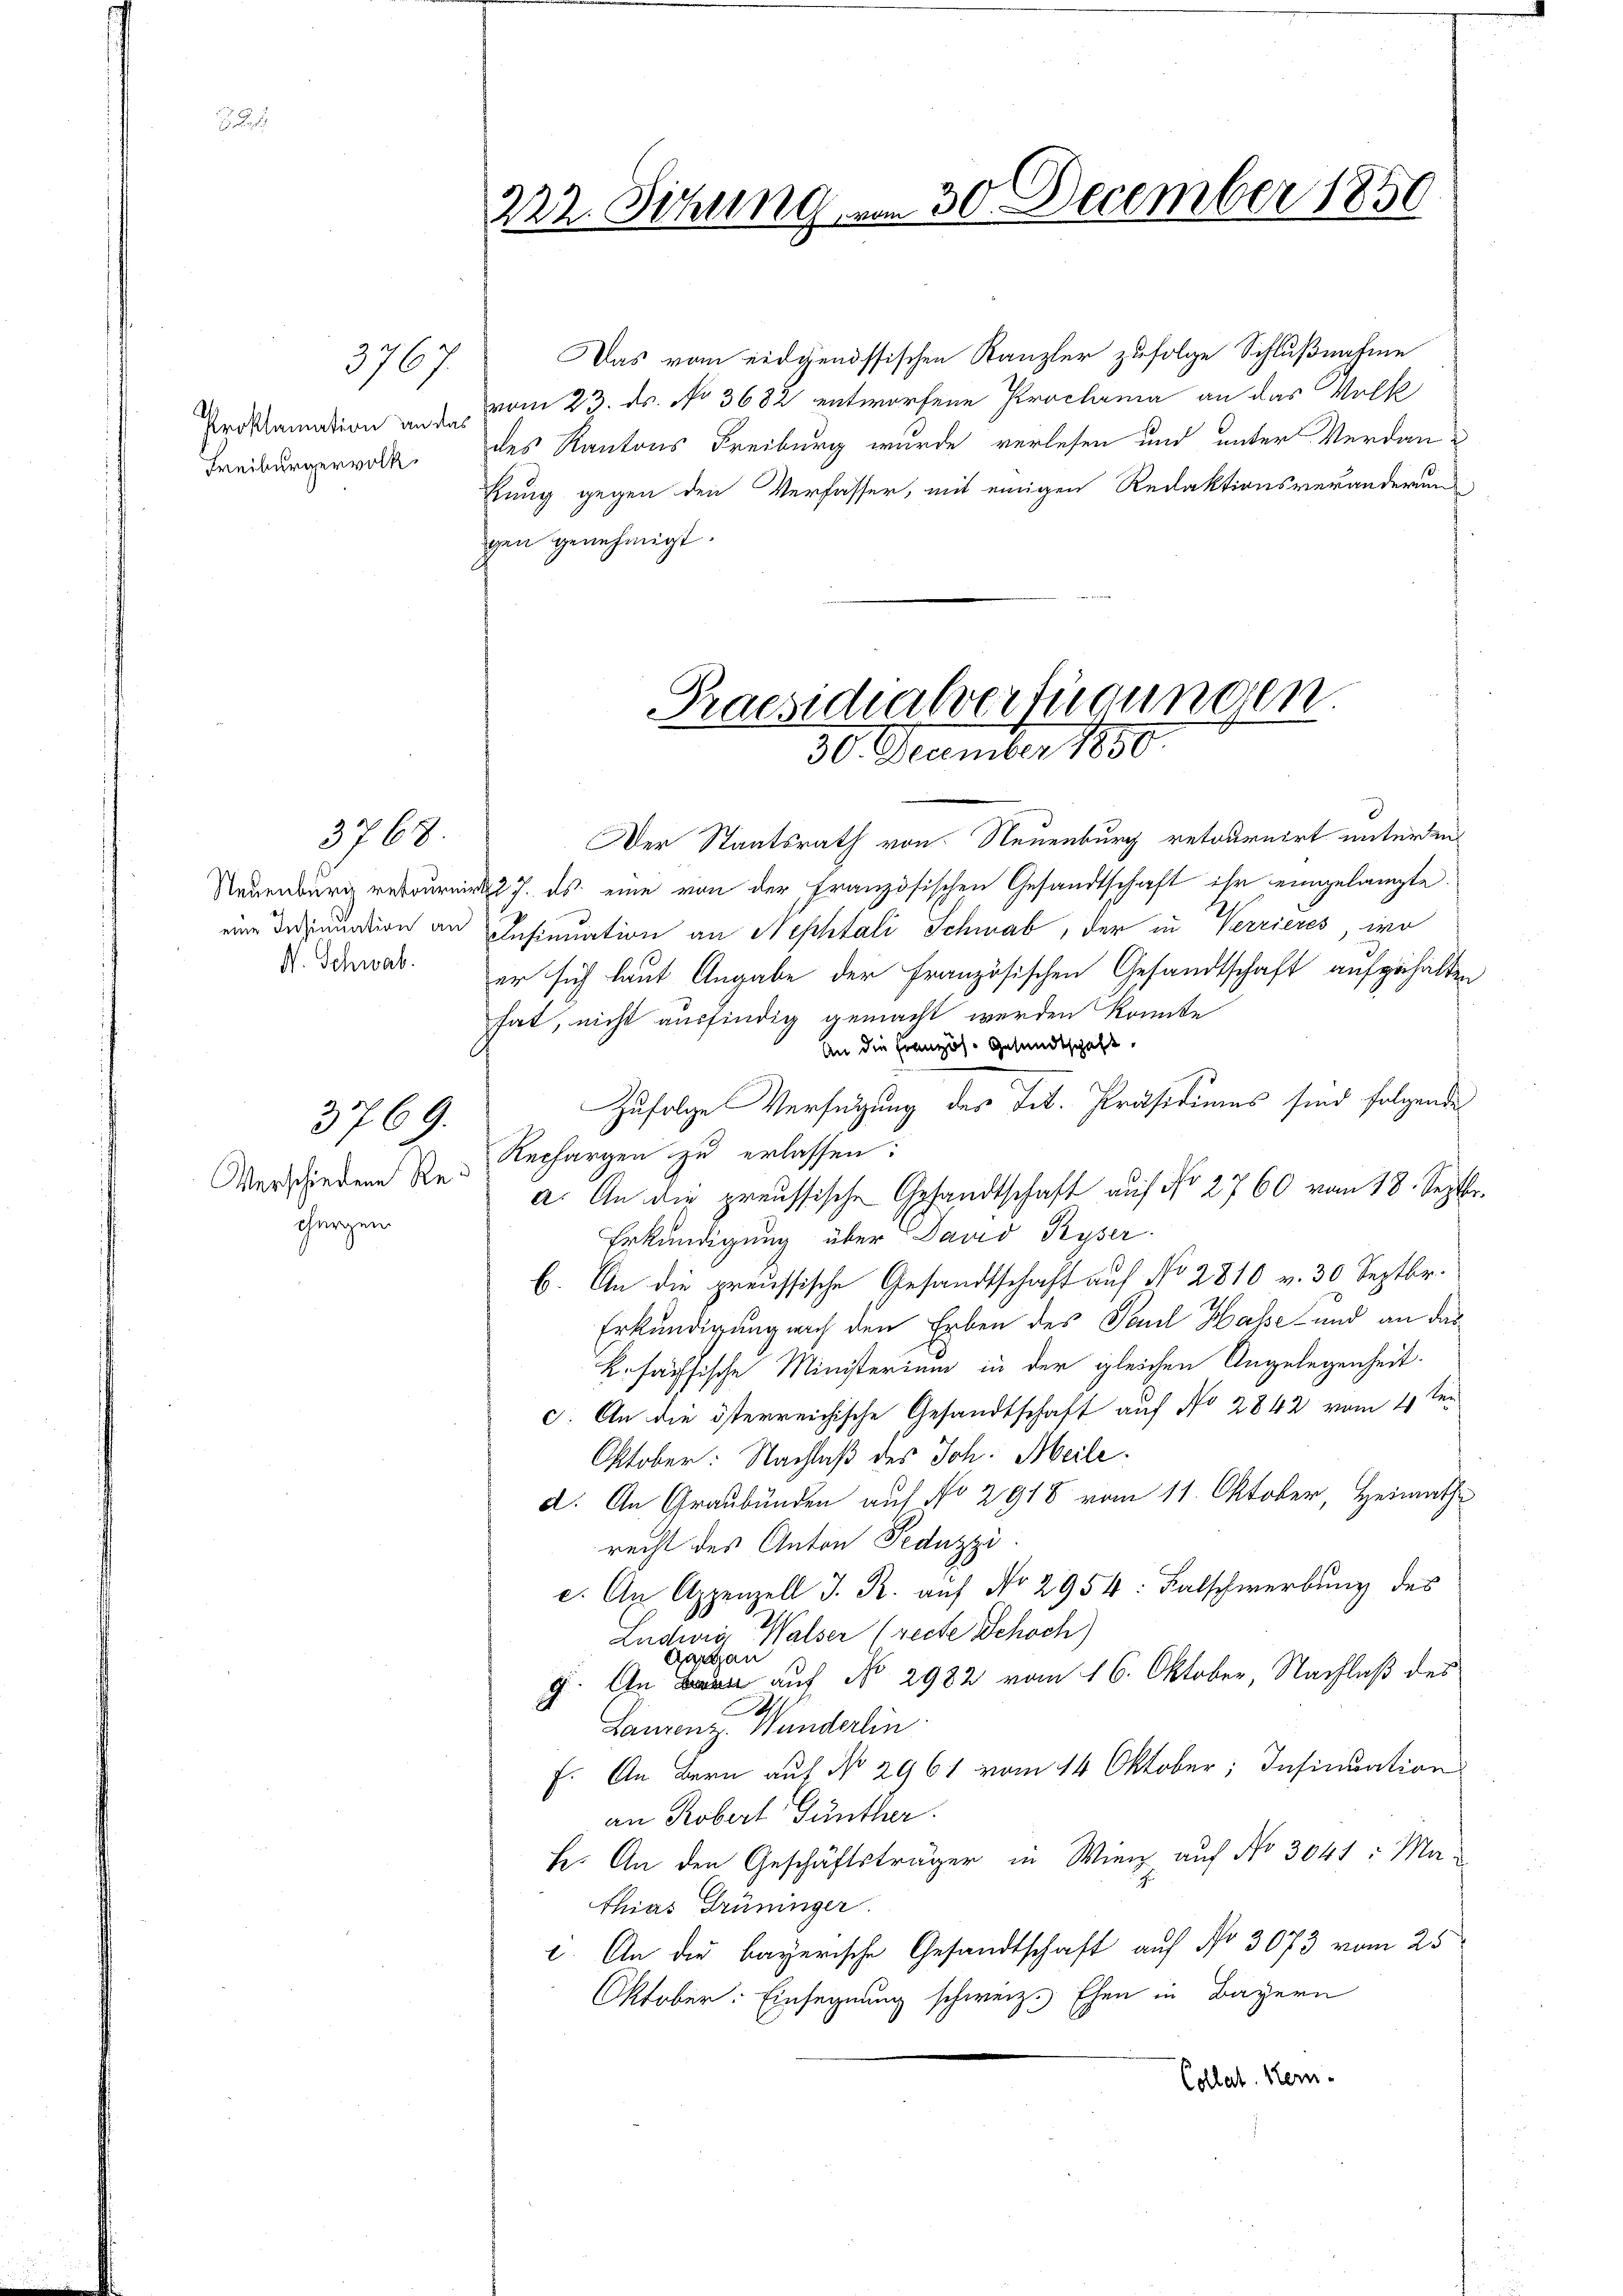
Proklamation an das
Freiburgervolk

3767

3768.

eine Insinuation an
H. Schwab

Verschiedene Re¬
Ghergen

3769.

Das vom eidgenössischen Kanzler zufolge Schlußnahme
vom 23. ds. No 3682 entworfene Proclama an das Volk
des Kantons Freiburg wurde verlesen und unter Verdankung gegen den Verfasser, mit einigen Redaktionsveränderung
gen genehmigt.

222. Sitzung.

am 30. December 1850

Praesidialverfügungen
30. December 1850.

Der Staatsrath von Neuenburg retournirt unterden
Neuenburg retournirt 27. ds. eine von der Französischen Gesandtschaft ihr eingelangte
Insinuation an Nephtali Schwab, der in Verrieres, wo
er sich laut Angabe der französischen Gesandtschaft aufgehalten
hat, nicht ausfindig gemacht werden könnte
An die Französ. Gesandtschaft,
Zufolge Verfügung der Tit. Präsidiums sind folgende
Rechargen zu erlassen:
a. An die preussische Gesandtschaft auf No 2760 vom 18. Septbr.
Erkundigung über David Ryser.
b. An die preussische Gesandtschaft auf No 2810 v. 30 Septbr.
Erkundigung nach den Erben des Paul Hasse und an das
Befachsische Ministerium in der gleichen Angelegenheit.
c. An die österreichische Gesandtschaft auf No 2842 vom 4 ten
Oktober: Nachlaß des Joh. Meile.
d. An Graubünden auf No 2918 vom 11. Oktober, Heimaths
recht des Anton Peduzzi.
. An Appenzell I. R. auf No 2954: Falschwerbung des
Ludwig Walser (recte Schoch)
g. An eine auf No 2982 vom 16. Oktober, Nachlaß des
Laurenz Wunderlin.
f. An Bern auf No 2961 vom 14 Oktober, Insinuation
an Robert Günther
h. An den Geschäftsträger in Wieg auf No 3041: Ma-
thias Grüninger.
. An die bayerische Gesandtschaft auf No 3073 vom 25
Oktober. Einsegnung schweiz. Ehen in Bayern
Collat. Her-